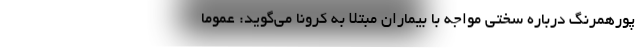
پورهمرنگ درباره سختی مواجه با بیماران مبتلا به کرونا می‌گوید: عموما